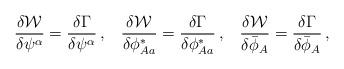
LaTeX: \begin{align*}\frac{\delta{\cal W}}{\delta\psi^\alpha}=\frac{\delta\Gamma} {\delta\psi^\alpha}\,,\;\;\; \frac{\delta{\cal W}}{\delta\phi^*_{Aa}}=\frac{\delta\Gamma} {\delta\phi^*_{Aa}}\,,\;\;\; \frac{\delta{\cal W}}{\delta\bar{\phi}_A}=\frac{\delta\Gamma} {\delta\bar{\phi}_A}\,,\end{align*}